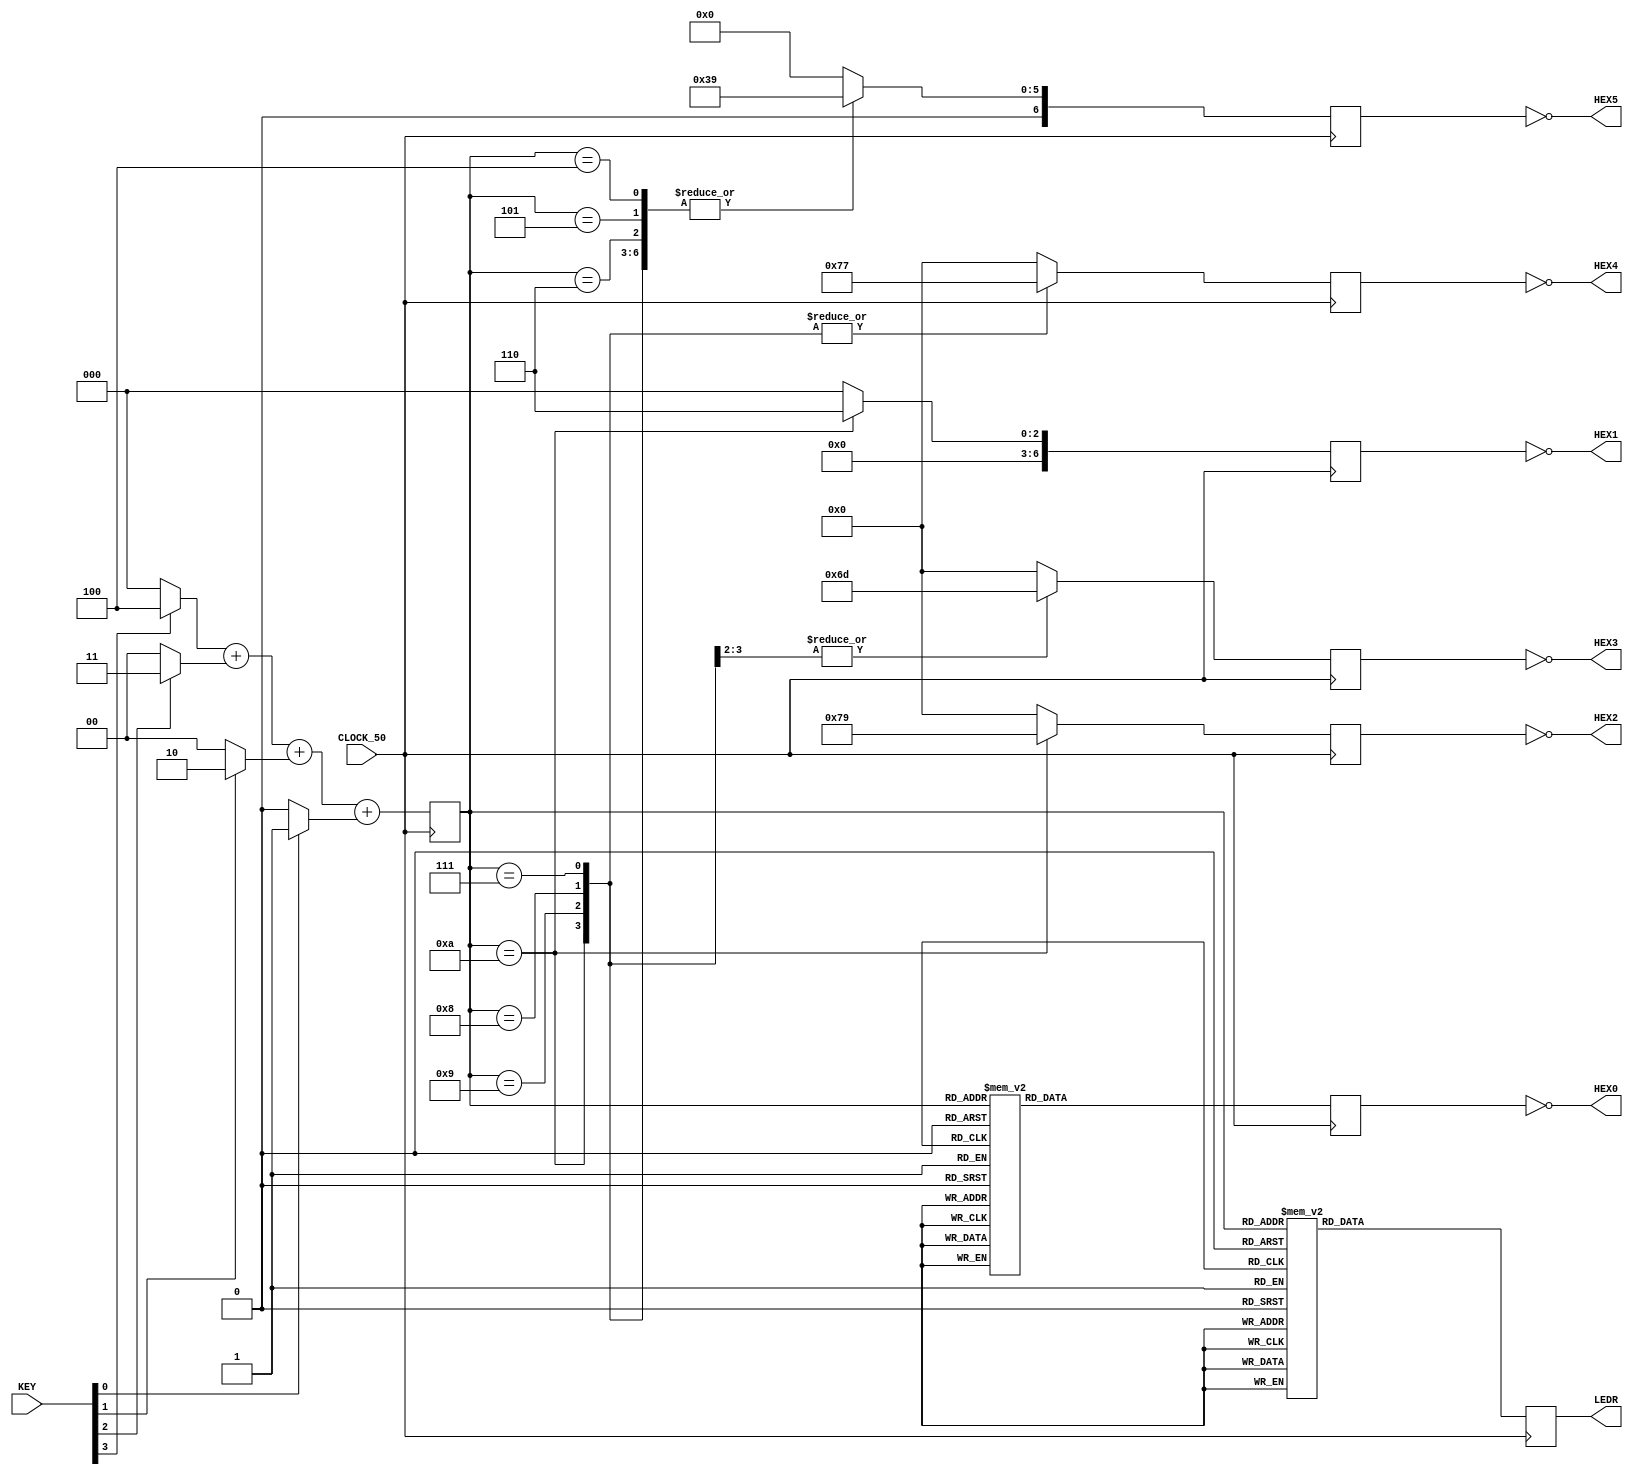
module Lab1_Frustration_Module
  (
	 output reg [9:0] LEDR,
	 output [6:0]     HEX0, 
	 output [6:0]     HEX1, 
	 output [6:0]     HEX2, 
	 output [6:0]     HEX3, 
	 output [6:0]     HEX4, 
	 output [6:0]     HEX5, 
	 input [3:0]      KEY,
	 input            CLOCK_50
   );
	 reg [3:0]        key_value;
	 wire [3:0]       key0_value;
	 wire [3:0]       key1_value;
	 wire [3:0]       key2_value;
	 wire [3:0]       key3_value;
	 assign key0_value = KEY[0] ? 4'h1 : 4'h0; 
	 assign key1_value = KEY[1] ? 4'h2 : 4'h0; 
	 assign key2_value = KEY[2] ? 4'h3 : 4'h0; 
	 assign key3_value = KEY[3] ? 4'h4 : 4'h0; 
	 always @(posedge CLOCK_50)
	   begin
		    key_value = key3_value + key2_value + key1_value + key0_value;
	   end
	 always @(posedge CLOCK_50)
	   begin
		    case (key_value)
			    4'h0 : LEDR <= 10'b0000000000;
			    4'h1 : LEDR <= 10'b0000000001;
			    4'h2 : LEDR <= 10'b0000000011;
			    4'h3 : LEDR <= 10'b0000000111;
			    4'h4 : LEDR <= 10'b0000001111;
			    4'h5 : LEDR <= 10'b0000011111;
			    4'h6 : LEDR <= 10'b0000111111;
			    4'h7 : LEDR <= 10'b0001111111;
			    4'h8 : LEDR <= 10'b0011111111;
			    4'h9 : LEDR <= 10'b0111111111;
			    4'hA : LEDR <= 10'b1111111111;
			    default : LEDR <= 10'b0000000000;
		    endcase
	   end
	 reg [6:0] hex0_reg;
	 reg [6:0] hex1_reg;
	 reg [6:0] hex2_reg;
	 reg [6:0] hex3_reg;
	 reg [6:0] hex4_reg;
	 reg [6:0] hex5_reg;
	 assign HEX0 = ~hex0_reg;
	 assign HEX1 = ~hex1_reg;
	 assign HEX2 = ~hex2_reg;
	 assign HEX3 = ~hex3_reg;
	 assign HEX4 = ~hex4_reg;
	 assign HEX5 = ~hex5_reg;
	 always @(posedge CLOCK_50)
	   begin
		    case (key_value)
			    4'h0 : hex0_reg <= 7'h3F; 
			    4'h1 : hex0_reg <= 7'h06; 
			    4'h2 : hex0_reg <= 7'h5B; 
			    4'h3 : hex0_reg <= 7'h4F; 
			    4'h4 : hex0_reg <= 7'h66; 
			    4'h5 : hex0_reg <= 7'h6D; 
			    4'h6 : hex0_reg <= 7'h7D; 
			    4'h7 : hex0_reg <= 7'h27; 
			    4'h8 : hex0_reg <= 7'h7F; 
			    4'h9 : hex0_reg <= 7'h6F; 
			    4'hA : hex0_reg <= 7'h3F; 
			    default : hex0_reg <= 7'h00; 
		    endcase
	   end
	 always @(posedge CLOCK_50)
	   begin
		    case (key_value)
			    4'hA : hex1_reg <= 7'h06; 
			    default : hex1_reg <= 7'h00; 
		    endcase
	   end
	 always @(posedge CLOCK_50)
	   begin
		    case (key_value)
			    4'hA : hex2_reg <= 7'h79; 
			    default : hex2_reg <= 7'h00; 
		    endcase
	   end
	 always @(posedge CLOCK_50)
	   begin
		    case (key_value)
			    4'h9,
			    4'hA : hex3_reg <= 7'h6D; 
			    default : hex3_reg <= 7'h00; 
		    endcase
	   end
	 always @(posedge CLOCK_50)
	   begin
		    case (key_value)
			    4'h7,
			    4'h8,
			    4'h9,
			    4'hA : hex4_reg <= 7'h77; 
			    default : hex4_reg <= 7'h00; 
		    endcase
	   end
	 always @(posedge CLOCK_50)
	   begin
		    case (key_value)
			    4'h4,
			    4'h5,
			    4'h6,
			    4'h7,
			    4'h8,
			    4'h9,
			    4'hA : hex5_reg <= 7'h39; 
			    default : hex5_reg <= 7'h00; 
		    endcase
	   end
endmodule